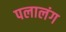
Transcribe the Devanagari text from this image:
पलालंग